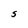
Character: S